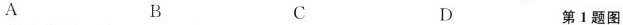
A B C D 第一题图